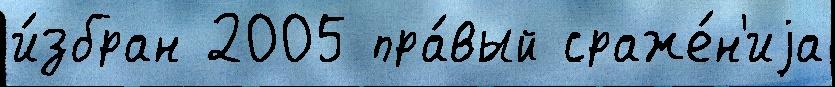
и́збран 2005 пра́вый сраже́н'иjа